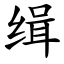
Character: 缉